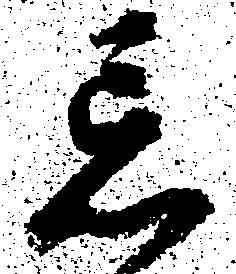
忘